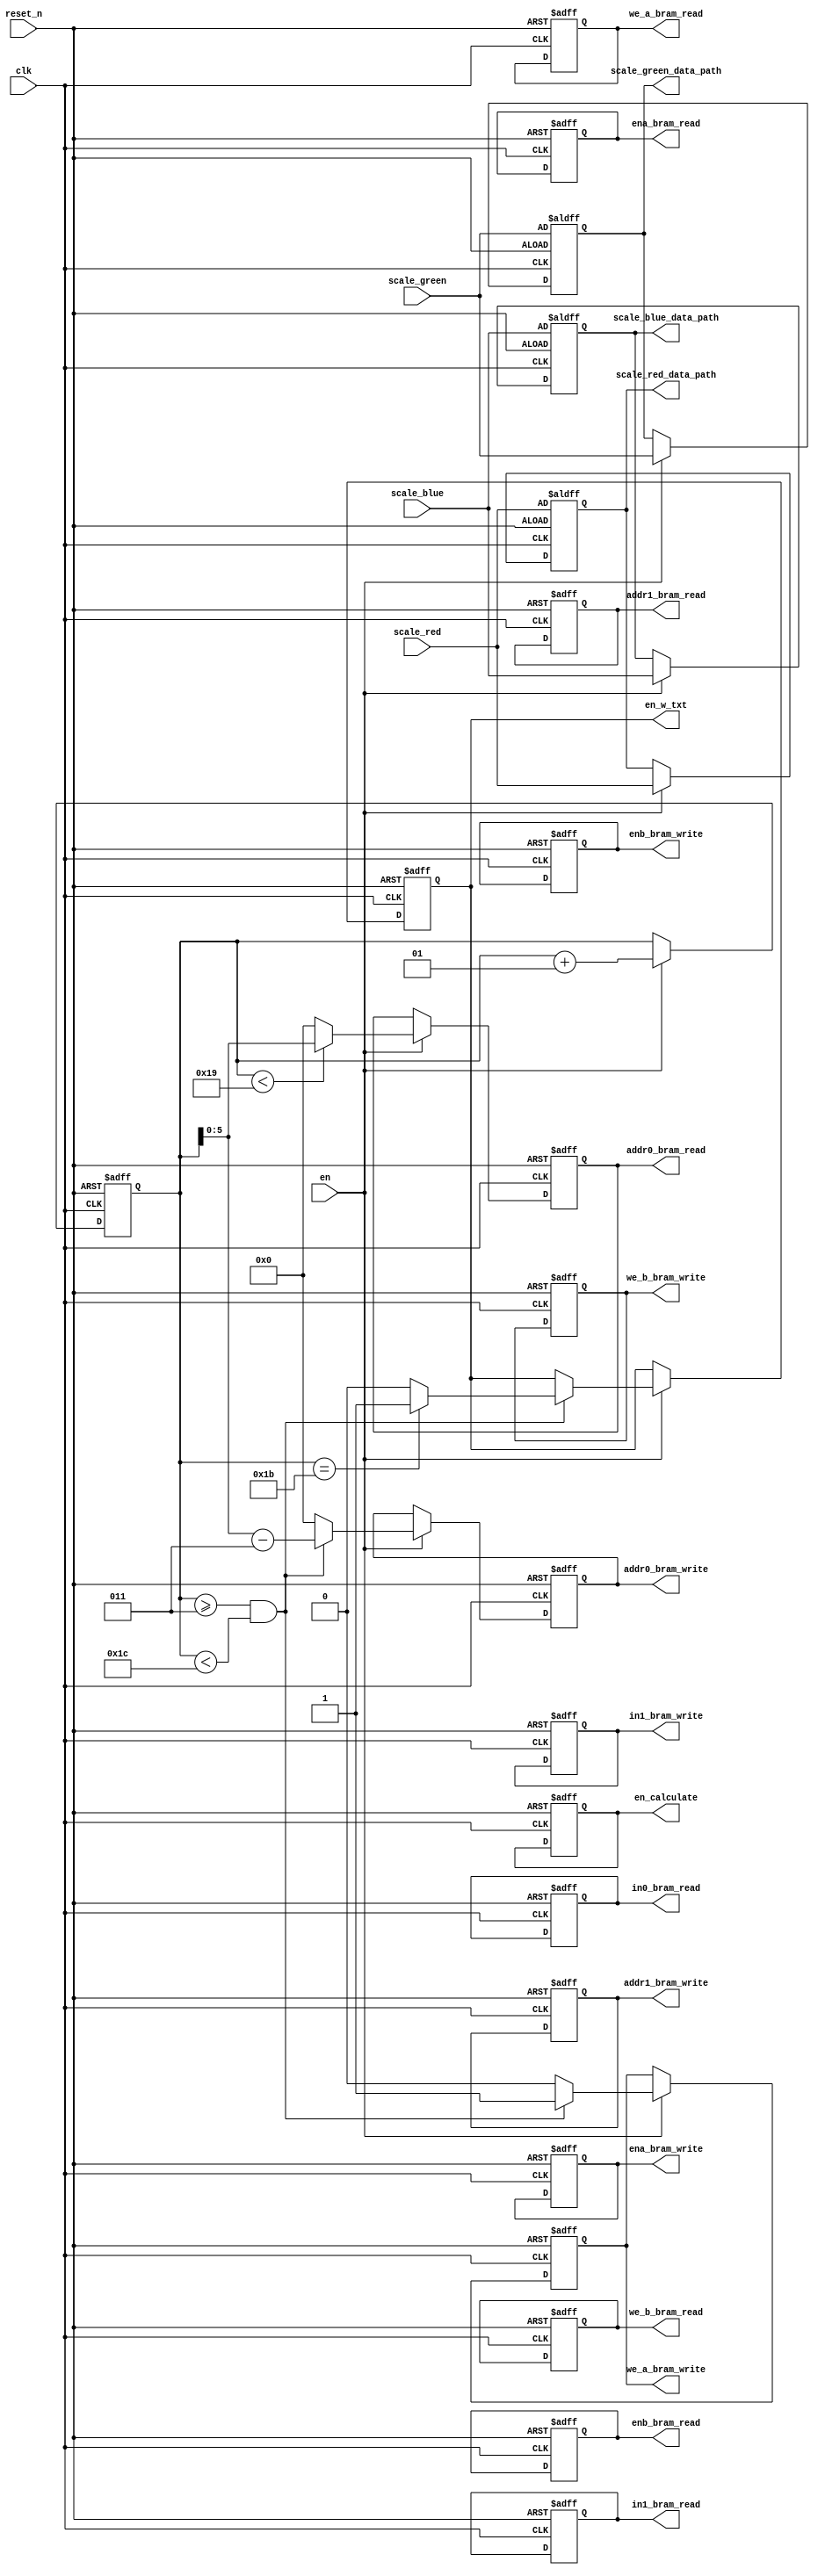
`timescale 1ns / 1ps

module Controller
#(
    parameter IMAGE_HEIGHT = 5,
    parameter IMAGE_WIDTH = 5,
    parameter TOTAL_NUMBER_CONVERT = IMAGE_HEIGHT * IMAGE_WIDTH,
    parameter DATA_COLOR_WIDTH = 8,
    parameter DATA_IN_WIDTH = DATA_COLOR_WIDTH * 3,
    parameter FIXED_POINT_WIDTH = 32,
    parameter ADRR_WIDTH_BRAM = 6
)
(
    input en, reset_n, clk,
    input [FIXED_POINT_WIDTH - 1 : 0] scale_red, scale_green, scale_blue,
    
    output reg [DATA_IN_WIDTH - 1 : 0] in0_bram_read, in1_bram_read,
    output reg [ADRR_WIDTH_BRAM - 1 : 0] addr0_bram_read, addr1_bram_read,
    output reg ena_bram_read, enb_bram_read,  
    output reg we_a_bram_read, we_b_bram_read,
    
    output reg [DATA_COLOR_WIDTH - 1 : 0] in1_bram_write,
    output reg [ADRR_WIDTH_BRAM - 1 : 0] addr0_bram_write, addr1_bram_write,
    output reg ena_bram_write, enb_bram_write,
    output reg we_a_bram_write, we_b_bram_write,
    output reg en_w_txt,
    
    output reg [FIXED_POINT_WIDTH - 1 : 0] scale_red_data_path, scale_green_data_path, scale_blue_data_path,
    output reg en_calculate
);
    integer count_step;
    
    always @(posedge clk or negedge reset_n) begin
        if(!reset_n) begin
            count_step <= 0;
        
            in0_bram_read <= 0;
            in1_bram_read <= 0;
            addr0_bram_read <= 0;
            addr1_bram_read <= 0;
            ena_bram_read <= 1;
            enb_bram_read <= 0;
            we_a_bram_read <= 0;
            we_b_bram_read <= 0;
            
            in1_bram_write <= 0;
            addr0_bram_write <= 0;
            addr1_bram_write <= 0;
            ena_bram_write <= 1;
            enb_bram_write <= 0;
            we_a_bram_write <= 0;
            we_b_bram_write <= 0;
            en_w_txt <= 0;
            
            scale_red_data_path <= scale_red;
            scale_green_data_path <= scale_green;
            scale_blue_data_path <= scale_blue;
            en_calculate <= 1;
        end
        else begin
            if(en) begin
                if(count_step < TOTAL_NUMBER_CONVERT) begin
                    addr0_bram_read <= count_step;
                end
                else begin
                    addr0_bram_read <= 0;
                end
                
                if(count_step >= 3 && count_step < TOTAL_NUMBER_CONVERT + 3) begin
                    if(count_step == TOTAL_NUMBER_CONVERT + 2) begin
                        en_w_txt <= 1;
                    end
                    else begin
                        en_w_txt <= 0;
                    end
                    addr0_bram_write <= count_step - 3;
                    we_a_bram_write <= 1;
                end
                else begin
                    addr0_bram_write <= 0;
                    we_a_bram_write <= 0;
                end
                
                count_step = count_step + 1;
                
                scale_red_data_path <= scale_red;
                scale_green_data_path <= scale_green;
                scale_blue_data_path <= scale_blue;
            end
        end
    end
endmodule